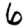
Digit: 6